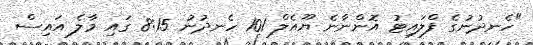
"ހެނދުނުގެ ފްލައިޓު އޮންނާނެ ޔޫއެލް 101 ހެނދުނު 8:15 ގައި މާލެ އައިސް